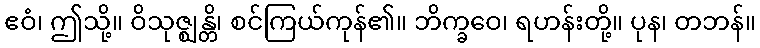
ဧဝံ၊ ဤသို့။ ဝိသုဇ္ဈန္တိ၊ စင်ကြယ်ကုန်၏။ ဘိက္ခဝေ၊ ရဟန်းတို့။ ပုန၊ တဘန်။